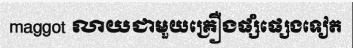
maggot លាយជាមួយគ្រឿងផ្សំផ្សេងទៀត